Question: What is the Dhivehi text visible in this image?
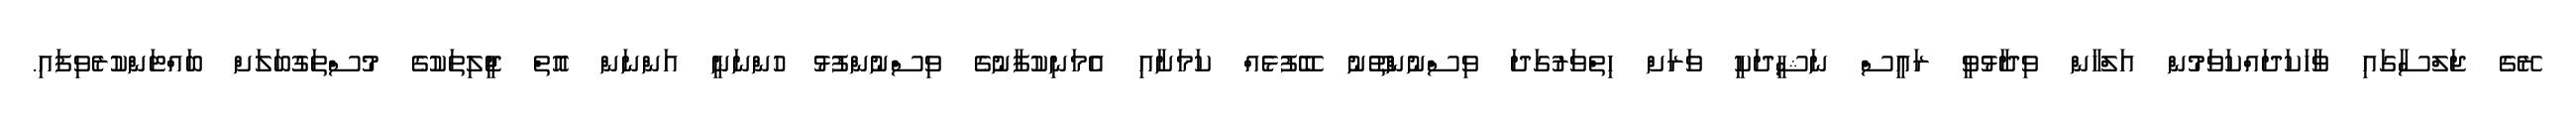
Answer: ރޭގެ ޖަލްސާގައި ވާހަކަދައްކަވަމުން އަލްހާން ވިދާޅުވީ ރައީސް ނަޝީދަކީ ވަރަށް ހިތްވަރުގަދަ ވިސްނުންތޫނު ބޭފުޅެއް ކަމަށާއި އެމަނިކުފާނުގެ ވިސްނުންފުޅު ހުންނަނީ އަންނަން އޮތް ޖީލިތަކުގެ މުސްތަގުބަލަށް ބައްޓަންކުރެވިފައި.